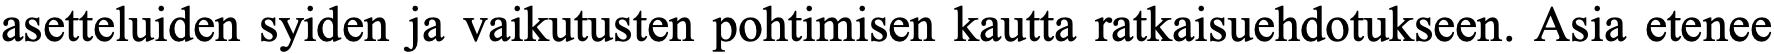
asetteluiden syiden ja vaikutusten pohtimisen kautta ratkaisuehdotukseen. Asia etenee